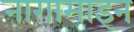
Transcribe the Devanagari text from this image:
नागामाइन